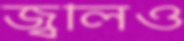
জ্বলিও